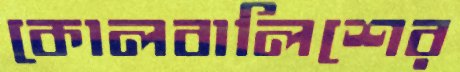
কোলবালিশের